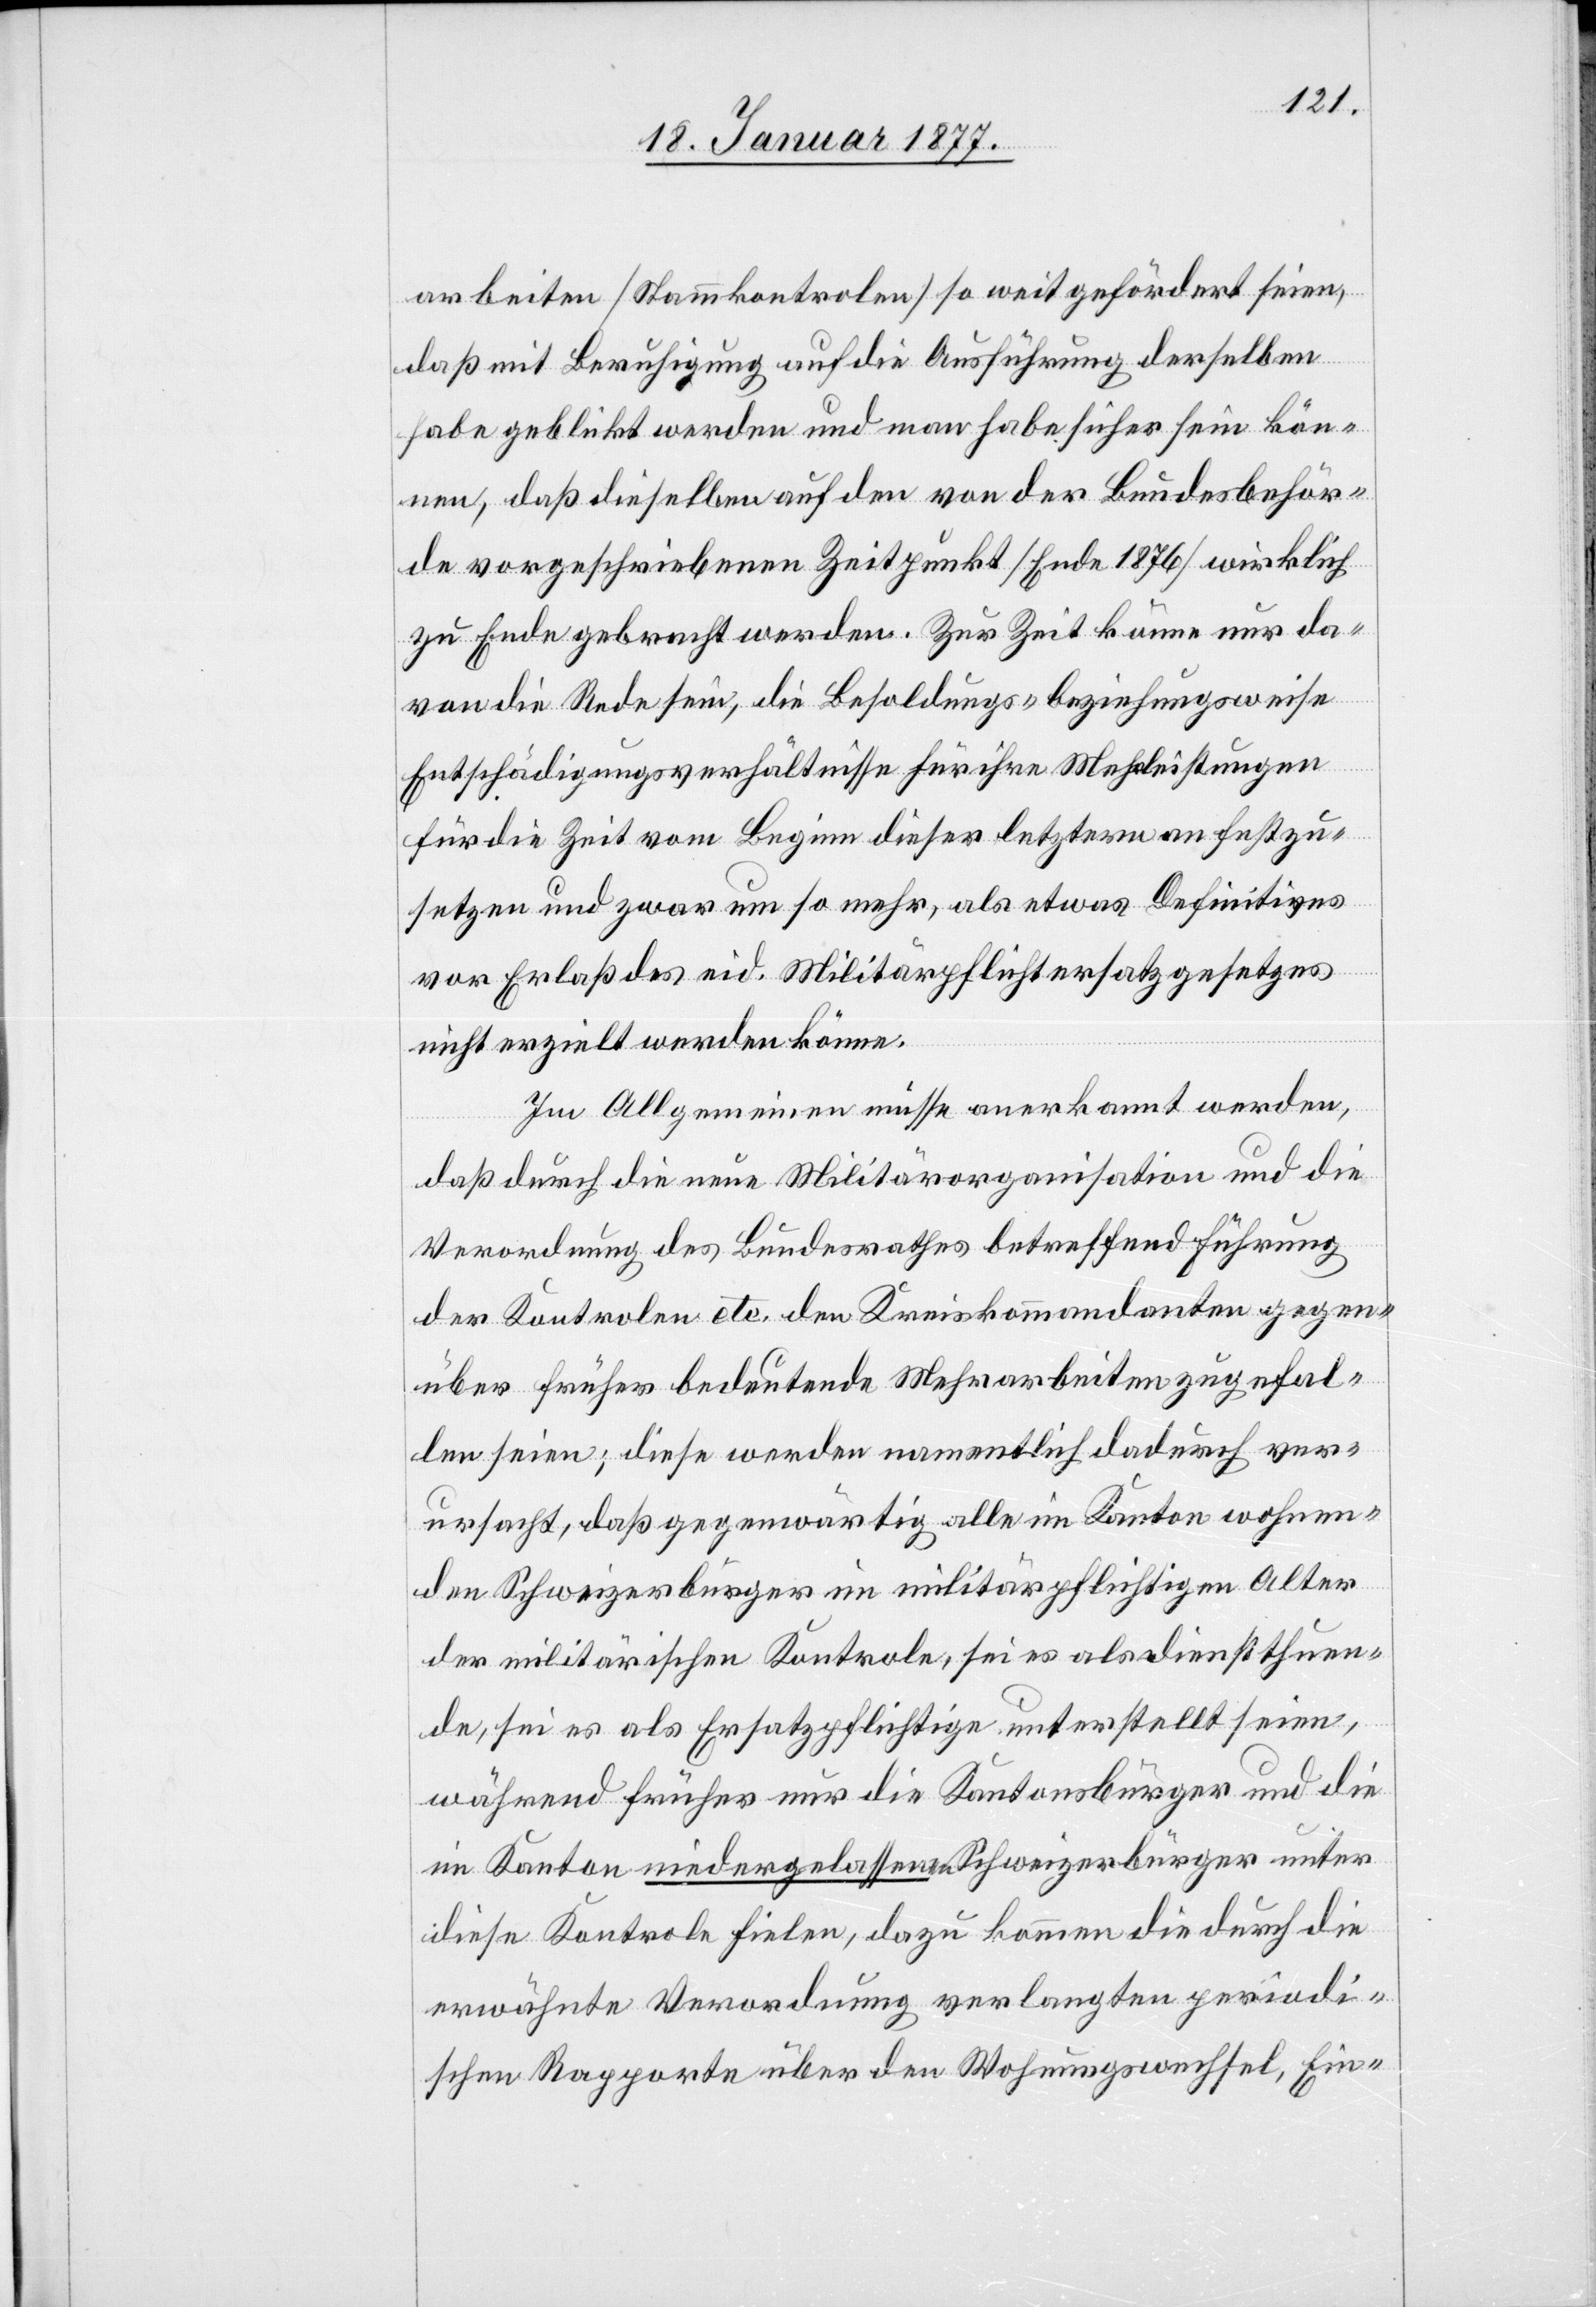
arbeiten [Stammkontrolen] so weit gefördert seien,
daß mit Beruhigung auf die Ausführung derselben
habe geblickt werden und man habe sicher sein kön¬
nen, daß dieselben auf den von der Bundesbehör¬
de vorgeschriebenen Zeitpunkt [Ende 1876] wirklich
zu Ende gebracht werden. Zur Zeit könne nur da¬
von die Rede sein, die Besoldungs- beziehungsweise
Entschädigungsverhältnisse für ihre Mehrleistungen
für die Zeit vom Beginn dieser letztern an festzu¬
setzen und zwar um so mehr, als etwas Definitives
vor Erlaß des eid. Militärpflichtersatzgesetzes
nicht erzielt werden könne.
Im Allgemeinen müsse anerkannt werden,
daß durch die neue Militärorganisation und die
Verordnung des Bundesrathes betreffend Führung
der Kontrolen etc. den Kreiskommandanten gegen¬
über früher bedeutende Mehrarbeiten zugefal¬
len seien; diese werden namentlich dadurch ver¬
ursacht, daß gegenwärtig alle im Kanton wohnen¬
den Schweizerbürger im militärpflichtigen Alter
der militärischen Kontrole, sei es als diensthuen¬
de, sei es als Ersatzpflichtige unterstellt seien,
während früher nur die Kantonsbürger und die
im Kanton niedergelassenen Schweizerbürger unter
diese Kontrole vielen, dazu kommen die durch die
erwähnte Verordnung verlangten periodi¬
schen Rapporte über den Wohnungswechsel, Ein-